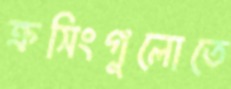
ক্রসিংগুলোতে